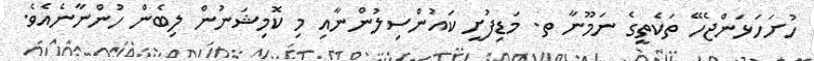
ހުށަހަޅަންޖެހޭ ތަކެތީގެ ނަމޫނާ ތ. މަޑިފުށީ ކައުންސިލުންނާއި މި ކޮމިޝަނުން ލިބެން ހުންނާނެއެވެ.